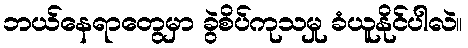
ဘယ်နေရာတွေမှာ ခွဲစိပ်ကုသမှု ခံယူနိုင်ပါလဲ။